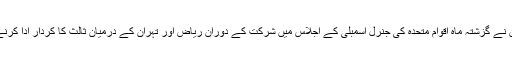
وزیر اعظم عمران خان نے گزشتہ ماہ اقوام متحدہ کی جنرل اسمبلی کے اجلاس میں شرکت کے دوران ریاض اور تہران کے درمیان ثالث کا کردار ادا کرنے کی پیشکش کی تھی۔